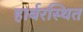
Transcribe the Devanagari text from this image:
हार्बरस्थित